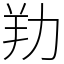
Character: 劷